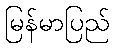
မြန်မာပြည်